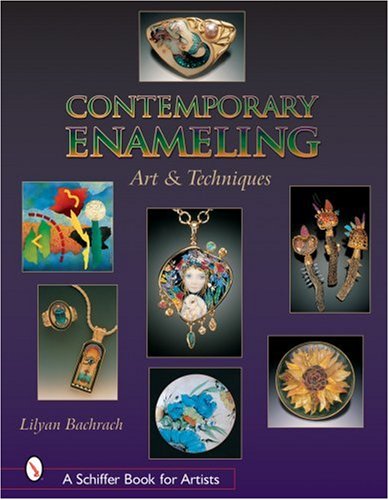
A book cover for Contemporary Enameling: Art and Technique (Schiffer Book for Artists); Lilyan Bachrach; Arts & Photography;